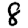
Digit: 8